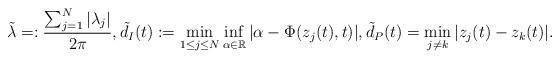
LaTeX: \begin{align*}\tilde{\lambda}=:\frac{\sum_{j=1}^N|\lambda_j|}{2\pi},\tilde{d}_I(t):=\min_{1\leq j\leq N}\inf_{\alpha\in \mathbb{R}}|\alpha-\Phi(z_j(t), t)|,\tilde{d}_P(t)=\min_{j\neq k}|z_j(t)-z_k(t)|. \end{align*}